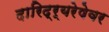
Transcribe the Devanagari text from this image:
दारिद्र्‍यरेषेवर